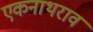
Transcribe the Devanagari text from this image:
एकनाथराव